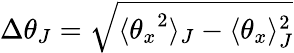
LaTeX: \Delta{\theta}_{J}=\sqrt{\langle{\theta_{x}}^{2}\rangle_{J}-\langle{\theta_{x}}\rangle_{J}^{2}}